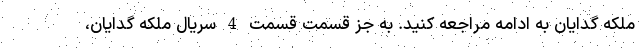
ملکه گدایان به ادامه مراجعه کنید. به جز قسمت قسمت 4 سریال ملکه گدایان،